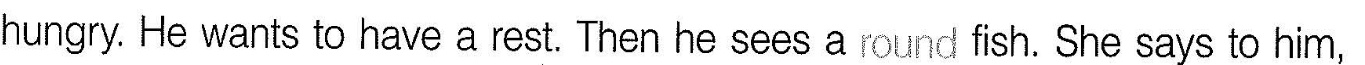
hungry. He wants to have a rest. Then he sees a round fish. She says to him,